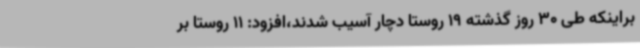
براینکه طی 30 روز گذشته 19 روستا دچار آسیب شدند،افزود: 11 روستا بر